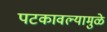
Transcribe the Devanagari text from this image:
पटकावल्यामुळे